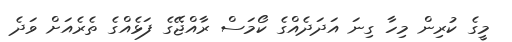
މީގެ ކުރިން މިހާ ގިނަ އަދަދެއްގެ ކޯމަސް ރާއްޖޭގެ ފަޅެއްގެ ތެރެއަށް ވަދެ